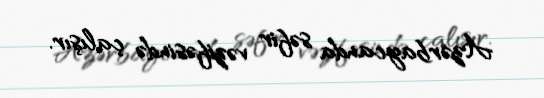
Azərbaycanda səfir vəzifəsində çalışır.